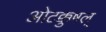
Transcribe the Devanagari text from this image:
ओटक्कुषल्